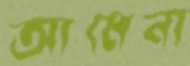
আমেনা